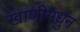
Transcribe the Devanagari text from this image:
खाणींमधुन